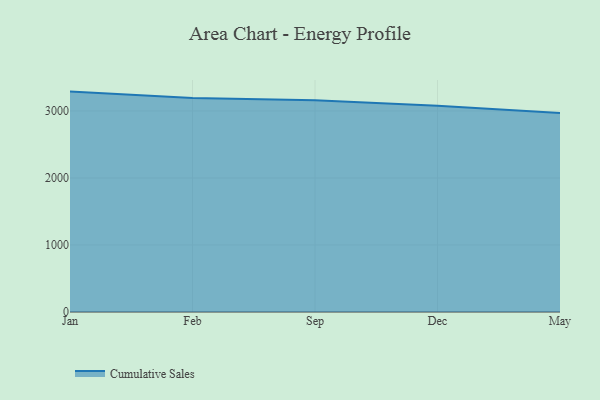
{"axis": {"x": "Month", "y": "Tickets Resolved"}, "legend": ["Cumulative Sales"], "data": [{"x": "Jan", "y": 3288.9, "type": "Cumulative Sales"}, {"x": "Feb", "y": 3195.1, "type": "Cumulative Sales"}, {"x": "Sep", "y": 3160.3, "type": "Cumulative Sales"}, {"x": "Dec", "y": 3077.0, "type": "Cumulative Sales"}, {"x": "May", "y": 2970.8, "type": "Cumulative Sales"}]}